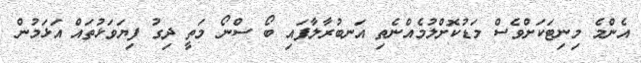
އެންމެ މިނިޓަކަށްވެސް މަޑުކޮށްލުމެއްނެތި އަނބުރާލާފައި ބޯ ސްނޯ މަތީ ދިގު ފިޔަވަޅުތައް އަޅަމުން